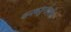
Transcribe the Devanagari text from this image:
कनकदुर्गावरील